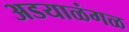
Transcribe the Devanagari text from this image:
अडयाळंगळ